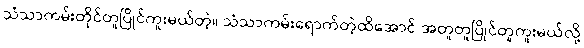
သံသာကမ်းတိုင်တူပြိုင်ကူးမယ်တဲ့။ သံသာကမ်းရောက်တဲ့ထိအောင် အတူတူပြိုင်တူကူးမယ်လို့